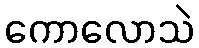
ကောလောသဲ